Rangoon Lunatic Asylum 1878-1892 - 1878-1892
Year: 1878
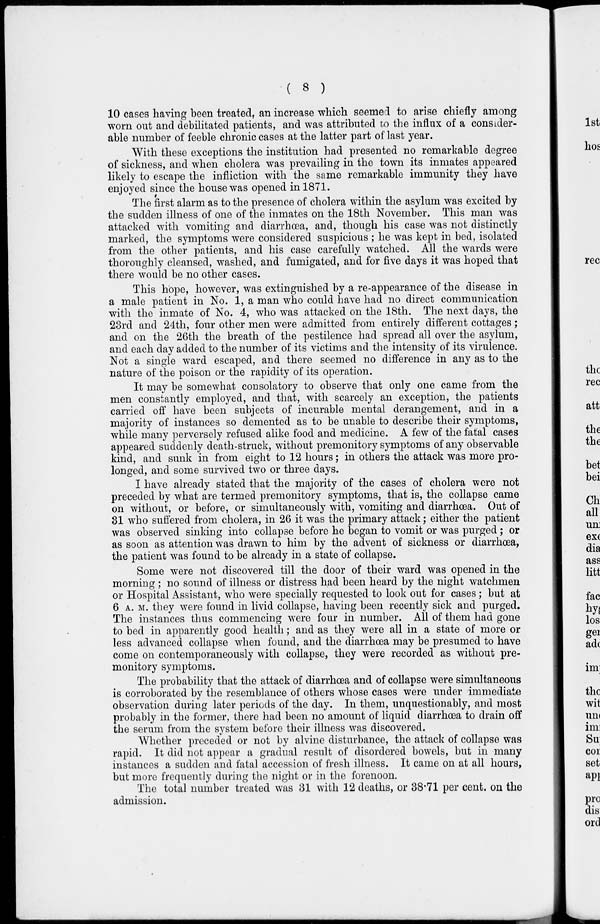
( 8 )
10 cases having been treated, an increase which seemed to arise chiefly among
worn out and debilitated patients, and was attributed to the influx of a consider-
able number of feeble chronic cases at the latter part of last year.
With these exceptions the institution had presented no remarkable degree
of sickness, and when cholera was prevailing in the town its inmates appeared
likely to escape the infliction with the same remarkable immunity they have
enjoyed since the house was opened in 1871.
The first alarm as to the presence of cholera within the asylum was excited by
the sudden illness of one of the inmates on the 18th November. This man was
attacked with vomiting and diarrhœa, and, though his case was not distinctly
marked, the symptoms were considered suspicious ; he was kept in bed, isolated
from the other patients, and his case carefully watched. All the wards were
thoroughly cleansed, washed, and fumigated, and for five days it was hoped that
there would be no other cases.
This hope, however, was extinguished by a re-appearance of the disease in
a male patient in No. 1, a man who could have had no direct communication
with the inmate of No. 4, who was attacked on the 18th. The next days, the
23rd and 24th, four other men were admitted from entirely different cottages;
and on the 26th the breath of the pestilence had spread all over the asylum,
and each day added to the number of its victims and the intensity of its virulence.
Not a single ward escaped, and there seemed no difference in any as to the
nature of the poison or the rapidity of its operation.
It may be somewhat consolatory to observe that only one came from the
men constantly employed, and that, with scarcely an exception, the patients
carried off have been subjects of incurable mental derangement, and in a
majority of instances so demented as to be unable to describe their symptoms,
while many perversely refused alike food and medicine. A few of the fatal cases
appeared suddenly death-struck, without premonitory symptoms of any observable
kind, and sunk in from eight to 12 hours; in others the attack was more pro-
longed, and some survived two or three days.
I have already stated that the majority of the cases of cholera were not
preceded by what are termed premonitory symptoms, that is, the collapse came
on without, or before, or simultaneously with, vomiting and diarrhœa. Out of
31 who suffered from cholera, in 26 it was the primary attack; either the patient
was observed sinking into collapse before he began to vomit or was purged ; or
as soon as attention was drawn to him by the advent of sickness or diarrhœa,
the patient was found to be already in a state of collapse.
Some were not discovered till the door of their ward was opened in the
morning ; no sound of illness or distress had been heard by the night watchmen
or Hospital Assistant, who were specially requested to look out for cases; but at
6 A. M. they were found in livid collapse, having been recently sick and purged.
The instances thus commencing were four in number. All of them had gone
to bed in apparently good health; and as they were all in a state of more or
less advanced collapse when found, and the diarrhœa may be presumed to have
come on contemporaneously with collapse, they were recorded as without pre-
monitory symptoms.
The probability that the attack of diarrhœa and of collapse were simultaneous
is corroborated by the resemblance of others whose cases were under immediate
observation during later periods of the day. In them, unquestionably, and most
probably in the former, there had been no amount of liquid diarrhœa to drain off
the serum from the system before their illness was discovered.
Whether preceded or not by alvine disturbance, the attack of collapse was
rapid. It did not appear a gradual result of disordered bowels, but in many
instances a sudden and fatal accession of fresh illness. It came on at all hours,
but more frequently during the night or in the forenoon.
The total number treated was 31 with 12 deaths, or 38.71 per cent. on the
admission.